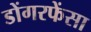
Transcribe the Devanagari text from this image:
डोंगरफेंसा